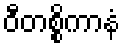
ဝီတစ္စိကာနံ